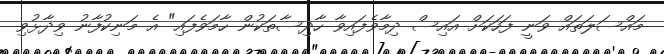
މައްސަލަތައް ވަނީ ފަހަކަށް އައިސް ދިމާވެފައިވާ ހާދިސާތަކުން ހާމަވެފައި" އެ މަނިކުފާނު ވިދާޅުވި